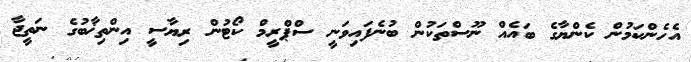
އެހެންކަމުން ކެންޔާގެ ބައެއް ނޫސްތަކުން ބުނެފައިވަނީ ސްޕްރީމް ކޯޓުން ރިޔާސީ އިންތިޚާބުގެ ނަތީޖާ